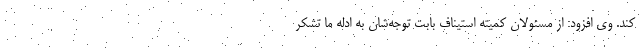
کند. وی افزود: از مسئولان کمیته استیناف بابت توجه‌شان به ادله ما تشکر